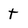
Character: t